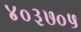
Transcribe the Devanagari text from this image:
४०३७०५